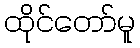
ထိုင်တော်မူ